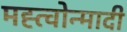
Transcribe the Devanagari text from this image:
मह्त्वोन्मादी